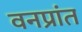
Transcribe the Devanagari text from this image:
वनप्रांत